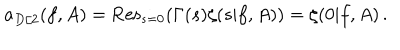
LaTeX: a _ { D / 2 } ( f , A ) = \mathrm { R e s } _ { s = 0 } ( \Gamma ( s ) \zeta ( s | f , A ) ) = \zeta ( 0 | f , A ) \, .